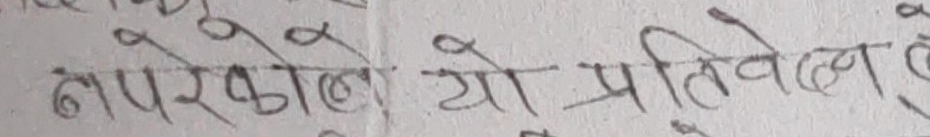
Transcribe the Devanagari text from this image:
नपरेको यो प्रतिवेदन हो